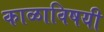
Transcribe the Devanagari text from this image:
काळाविषयी